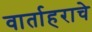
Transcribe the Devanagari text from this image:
वार्ताहराचे